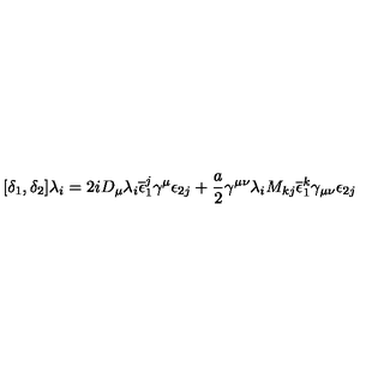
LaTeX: [ \delta _ { 1 } , \delta _ { 2 } ] \lambda _ { i } = 2 i D _ { \mu } \lambda _ { i } \overline { { \epsilon } } _ { 1 } ^ { j } \gamma ^ { \mu } \epsilon _ { 2 j } + \frac { a } { 2 } \gamma ^ { \mu \nu } \lambda _ { i } M _ { k j } \overline { { \epsilon } } _ { 1 } ^ { k } \gamma _ { \mu \nu } \epsilon _ { 2 j }